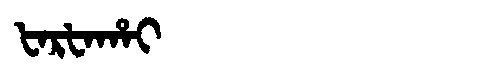
Manchu: ᡶᠠᡵᡶᠠᡥᠠᡳ
Romanization: FARFAHAI